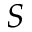
S